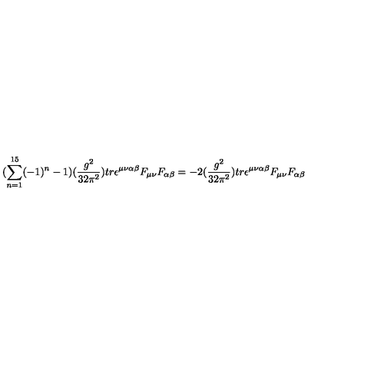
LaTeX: ( \sum _ { n = 1 } ^ { 1 5 } ( - 1 ) ^ { n } - 1 ) ( \frac { g ^ { 2 } } { 3 2 \pi ^ { 2 } } ) t r \epsilon ^ { \mu \nu \alpha \beta } F _ { \mu \nu } F _ { \alpha \beta } = - 2 ( \frac { g ^ { 2 } } { 3 2 \pi ^ { 2 } } ) t r \epsilon ^ { \mu \nu \alpha \beta } F _ { \mu \nu } F _ { \alpha \beta }